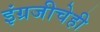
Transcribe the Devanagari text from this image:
इंग्रजीचेही